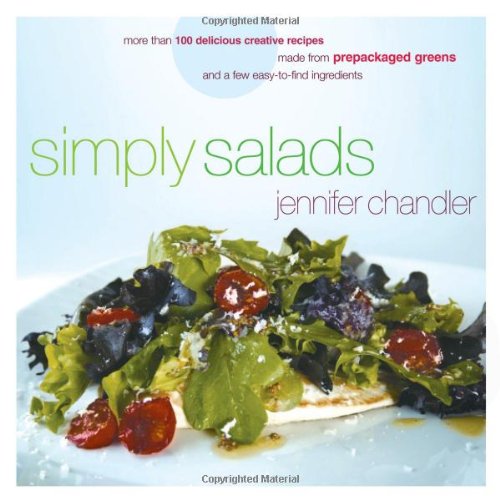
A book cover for Simply Salads: More than 100 Delicious Creative Recipes Made from Prepackaged Greens and a Few Easy-to-Find Ingredients; Jennifer Chandler; Cookbooks, Food & Wine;